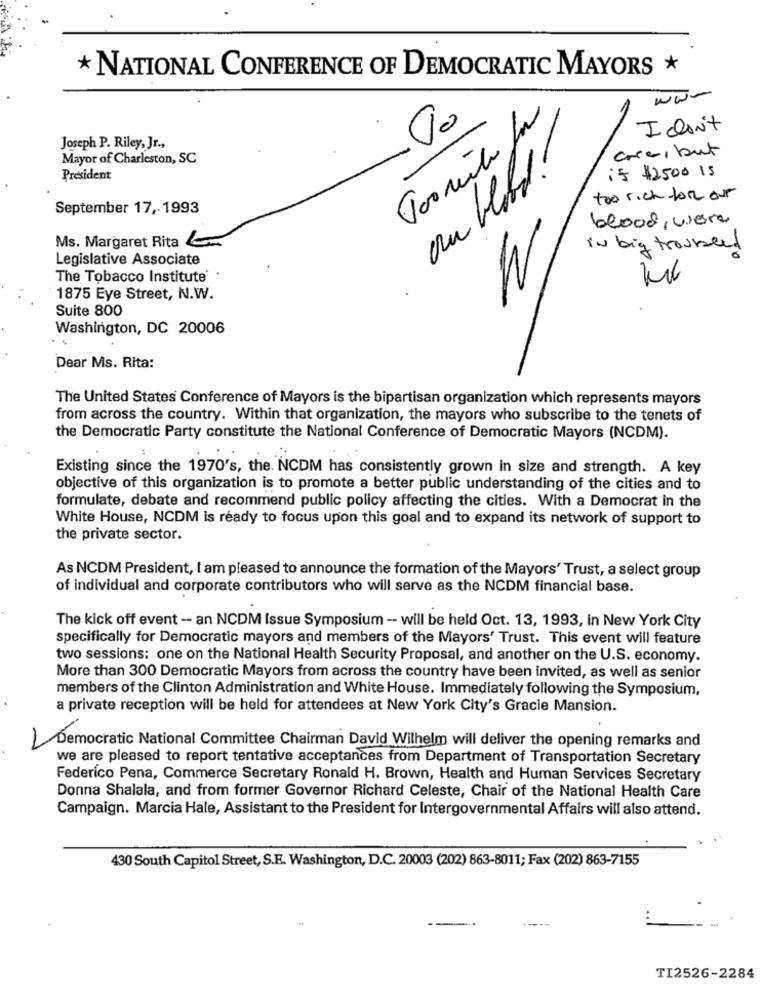
* NATIONAL CONFERENCE OF DEMOCRATIC MAYORS
www
Idon't
Joseph P. Riley, Jr .,
Toomito
ou bleibt!
cosa, but
Mayor of Charleston, SC
is $2500 15
President
too rich for our
September 17, 1993
blood, viere
Ms. Margaret Rita
in big trounced
Legislative Associate
The Tobacco Institute
W
1875 Eye Street, N.W.
Suite 800
Washington, DC 20006
Dear Ms. Rita:
The United States Conference of Mayors is the bipartisan organization which represents mayors
from across the country. Within that organization, the mayors who subscribe to the tenets of
the Democratic Party constitute the National Conference of Democratic Mayors (NCDM).
Existing since the 1970's, the. NCDM has consistently grown in size and strength. A key
objective of this organization is to promote a better public understanding of the cities and to
formulate, debate and recommend public policy affecting the cities. With a Democrat in the
White House, NCDM is ready to focus upon this goal and to expand its network of support to
the private sector.
As NCDM President, I am pleased to announce the formation of the Mayors' Trust, a select group
of individual and corporate contributors who will serve as the NCDM financial base.
The kick off event -- an NCDM Issue Symposium - will be held Oct. 13, 1993, in New York City
specifically for Democratic mayors and members of the Mayors' Trust. This event will feature
two sessions: one on the National Health Security Proposal, and another on the U.S. economy.
More than 300 Democratic Mayors from across the country have been invited, as well as senior
members of the Clinton Administration and White House. Immediately following the Symposium,
a private reception will be held for attendees at New York City's Gracie Mansion.
Democratic National Committee Chairman David Wilhelm will deliver the opening remarks and
we are pleased to report tentative acceptances from Department of Transportation Secretary
Federico Pena, Commerce Secretary Ronald H. Brown, Health and Human Services Secretary
Donna Shalala, and from former Governor Richard Celeste, Chair of the National Health Care
Campaign. Marcia Hale, Assistant to the President for Intergovernmental Affairs will also attend.
430 South Capitol Street, S.E. Washington, D.C. 20003 (202) 863-8011; Fax (202) 863-7155
TI2526-2284